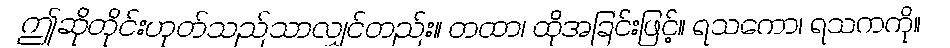
ဤဆိုတိုင်းဟုတ်သည်သာလျှင်တည်း။ တထာ၊ ထိုအခြင်းဖြင့်။ ရသကော၊ ရသကကို။